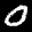
Label: 0